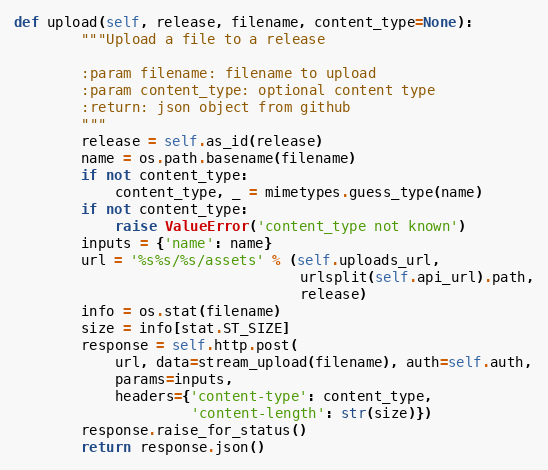
Language: Python
def upload(self, release, filename, content_type=None):
        """Upload a file to a release

        :param filename: filename to upload
        :param content_type: optional content type
        :return: json object from github
        """
        release = self.as_id(release)
        name = os.path.basename(filename)
        if not content_type:
            content_type, _ = mimetypes.guess_type(name)
        if not content_type:
            raise ValueError('content_type not known')
        inputs = {'name': name}
        url = '%s%s/%s/assets' % (self.uploads_url,
                                  urlsplit(self.api_url).path,
                                  release)
        info = os.stat(filename)
        size = info[stat.ST_SIZE]
        response = self.http.post(
            url, data=stream_upload(filename), auth=self.auth,
            params=inputs,
            headers={'content-type': content_type,
                     'content-length': str(size)})
        response.raise_for_status()
        return response.json()